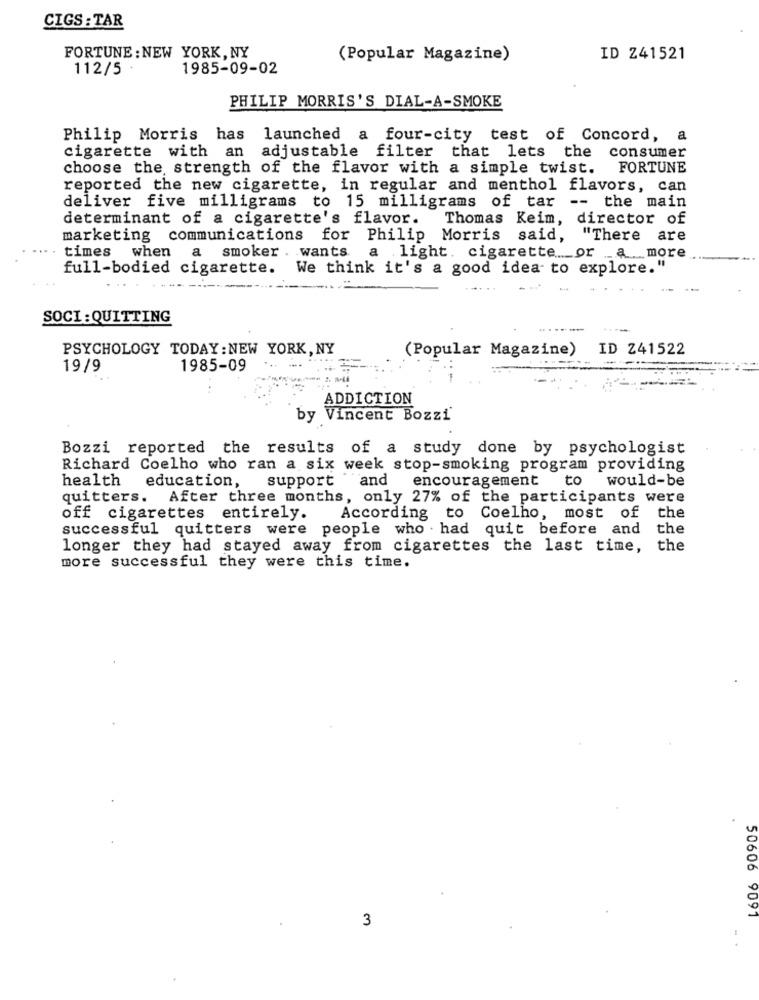
CIGS : TAR
FORTUNE : NEW YORK, NY
(Popular Magazine)
ID Z41521
112/5
1985-09-02
PHILIP MORRIS'S DIAL-A-SMOKE
Philip Morris has
launched a four-city test of Concord, a
cigarette with an
adjustable filter that lets the consumer
choose the strength of the flavor with a simple twist.
FORTUNE
reported the new cigarette, in regular and menthol flavors, can
deliver five milligrams to 15 milligrams of tar -- the main
determinant of a cigarette's flavor.
Thomas Keim, director of
marketing communications for Philip Morris said, "There are
times
when
a smoker . wants.
a .light. cigarette. or _a _more
full-bodied cigarette. We think it's a good idea to explore."
SOCI :QUITTING
PSYCHOLOGY TODAY: NEW YORK, NY
(Popular Magazine) ID 241522
19/9
1985-09
ADDICTION
by Vincent Bozzi'
Bozzi reported the results of a study done by psychologist
Richard Coelho who ran a six week stop-smoking program providing
support and
encouragement to
would-be
health education,
quitters. After three months, only 27% of the participants were
off cigarettes entirely.
According to Coelho, most of the
successful quitters were people who . had quit before and the
longer they had stayed away from cigarettes the last time, the
more successful they were this time.
3
50606 9091
. .